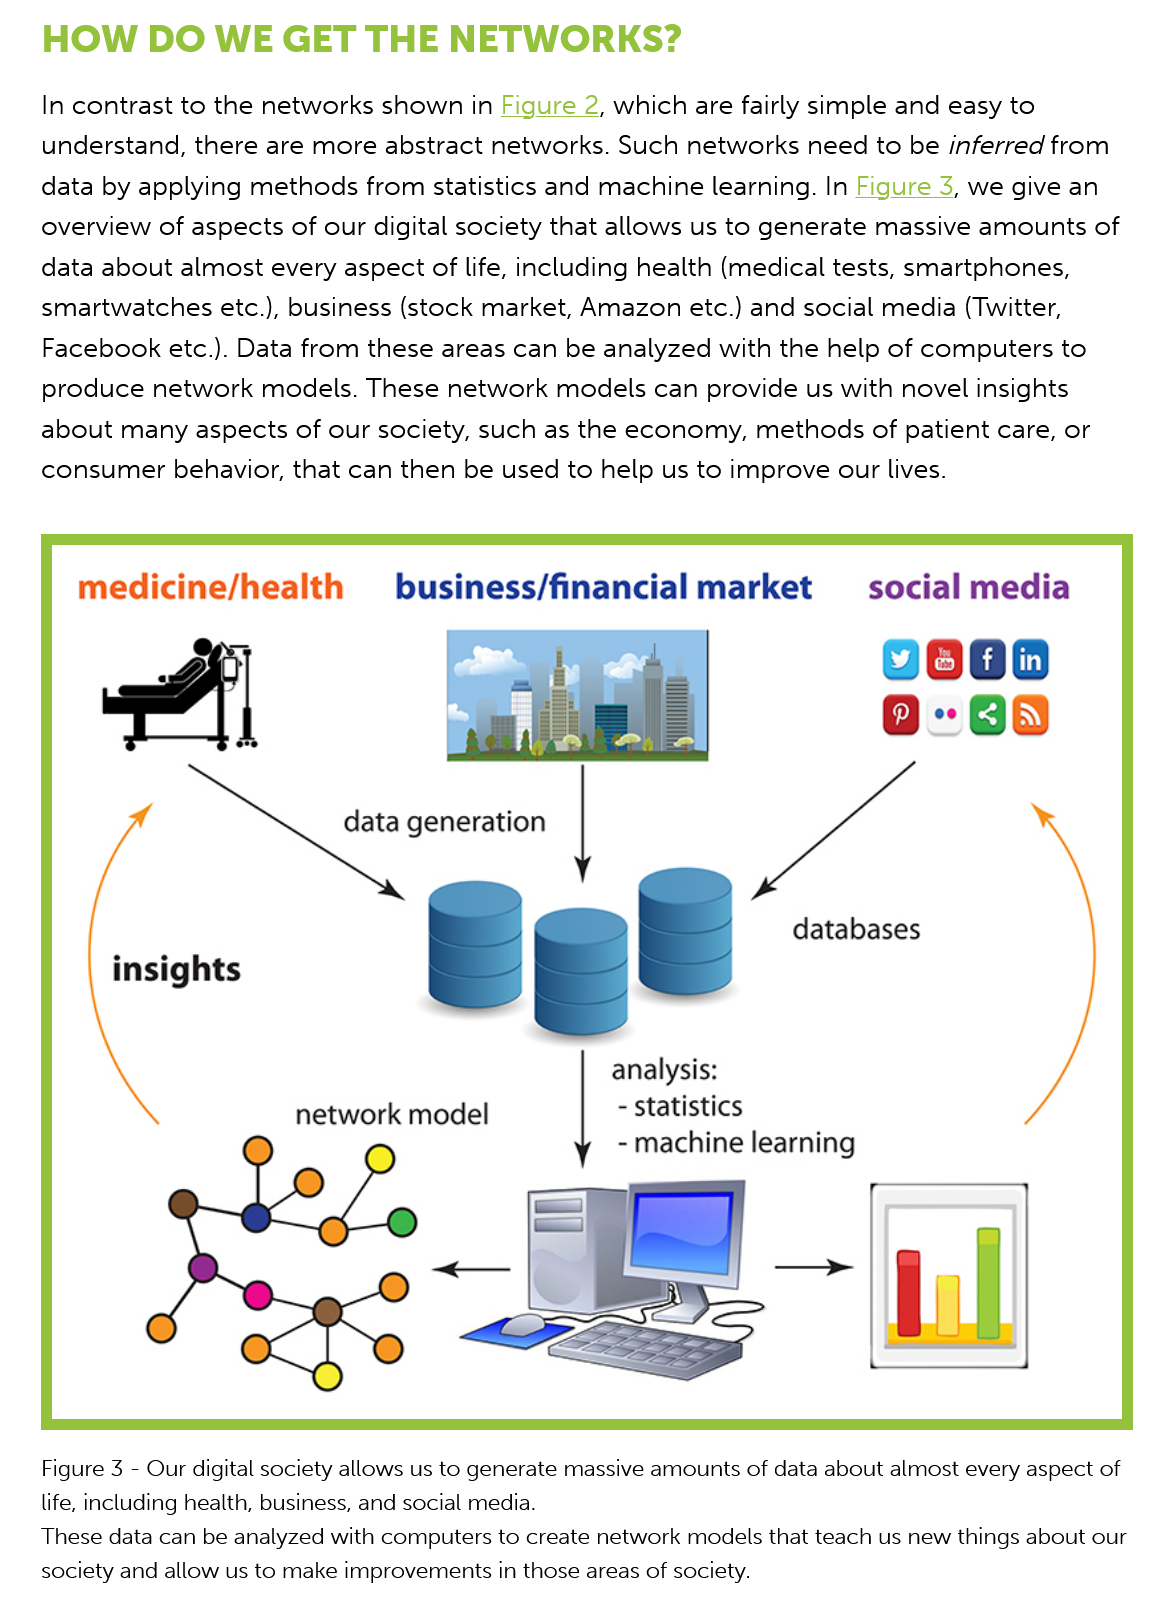
HOW    DO   WE GET    THE   NETWORKS?
    In contrast to the networks shown in Figure
     2,
     which are fairly simple and easy to
    understand, there are more abstract networks. Such networks need to be inferred from
    data by applying methods from statistics and machine learning. In Figure
     3,
     we  give an
    overview of aspects of our digital society that allows us to generate massive amounts of
    data about almost every aspect of life, including health (medical tests, smartphones,
    smartwatches etc.), business (stock market, Amazon etc.) and social media (Twitter,
    Facebook etc.). Data from these areas can be analyzed with the help of computers to
    produce network  models. These network  models can provide us with novel insights
    about many  aspects of our society, such as the economy, methods of patient care, or
    consumer behavior, that can then be used to help us to improve our lives.
    Figure 3
     -
     Our digital society allows us to generate massive amounts of data about almost every aspect of
    life, including health, business, and social media.
    These data can be analyzed with computers to create network models that teach us new things about our
    society and allow us to make improvements in those areas of society.
     medicine/health
     data generation
     insights
     network  model
     analysis:
     -
     statistics
     -
     machine learning
     databases
     business/financial    market    social  media